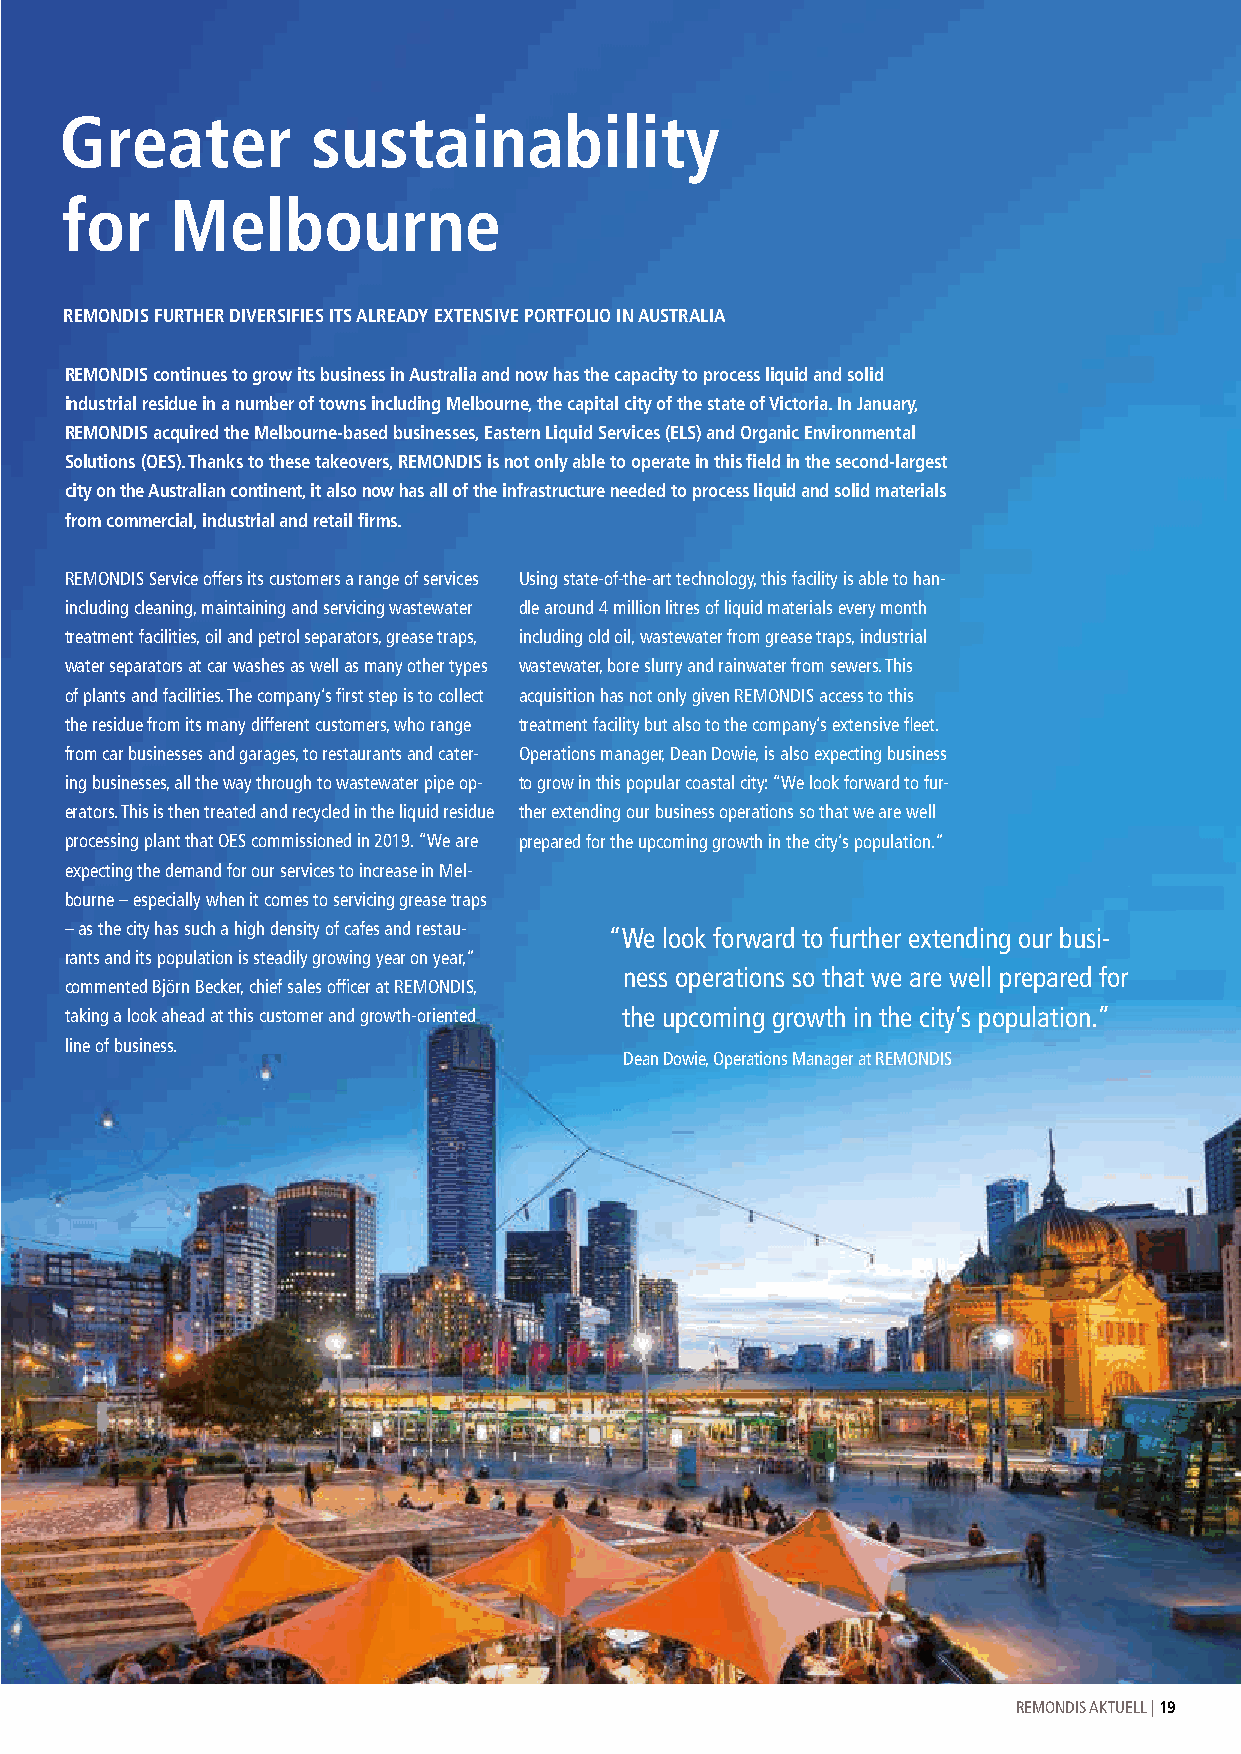
Greater          sustainability
 for    Melbourne
 REMONDIS FURTHER DIVERSIFIES ITS ALREADY EXTENSIVE PORTFOLIO IN AUSTRALIA
 REMONDIS continues to grow its business in Australia and now has the capacity to process liquid and solid
 industrial residue in a number of towns including Melbourne, the capital city of the state of Victoria. In January,
 REMONDIS acquired the Melbourne-based businesses, Eastern Liquid Services (ELS) and Organic Environmental
 Solutions (OES). Thanks to these takeovers, REMONDIS is not only able to operate in this field in the second-largest
 city on the Australian continent, it also now has all of the infrastructure needed to process liquid and solid materials
 from commercial, industrial and retail firms.
 REMONDIS Service offers its customers a range of services Using state-of-the-art technology, this facility is able to han-
 including cleaning, maintaining and servicing wastewater dle around 4 million litres of liquid materials every month
 treatment facilities, oil and petrol separators, grease traps, including old oil, wastewater from grease traps, industrial
 water separators at car washes as well as many other types wastewater, bore slurry and rainwater from sewers. This
 of plants and facilities. The company’s first step is to collect acquisition has not only given REMONDIS access to this
 the residue from its many different customers, who range treatment facility but also to the company’s extensive fleet.
 from car businesses and garages, to restaurants and cater- Operations manager, Dean Dowie, is also expecting business
 ing businesses, all the way through to wastewater pipe op- to grow in this popular coastal city: “We look forward to fur-
 erators. This is then treated and recycled in the liquid residue ther extending our business operations so that we are well
 processing plant that OES commissioned in 2019. “We are prepared for the upcoming growth in the city’s population.”
 expecting the demand for our services to increase in Mel-
 bourne – especially when it comes to servicing grease traps
 – as the city has such a high density of cafes and restau- “ We look forward to further extending our busi-
 rants and its population is steadily growing year on year,”
 ness operations so that we are well prepared for
 commented Björn Becker, chief sales officer at REMONDIS,
 taking a look ahead at this customer and growth-oriented the upcoming growth in the city’s population.”
 line of business.
 Dean Dowie, Operations Manager at REMONDIS
 REMONDIS AKTUELL | 19